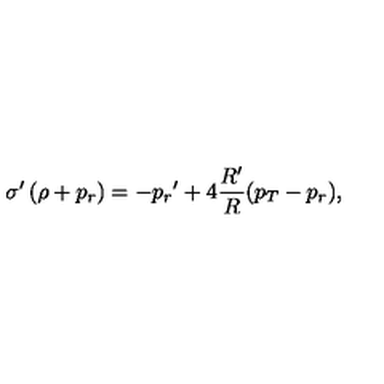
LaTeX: \sigma ^ { \prime } \left( \rho + { p _ { r } } \right) = - { p _ { r } } ^ { \prime } + 4 { \frac { R ^ { \prime } } { R } } ( { p _ { T } } - { p _ { r } } ) ,